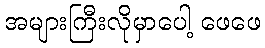
အများကြီးလိုမှာပေါ့ ဖေဖေ